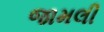
જામલી